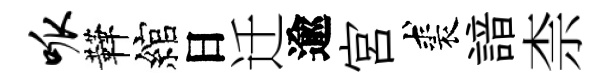
呱鞾綰日迁逾宫裘諳柰